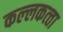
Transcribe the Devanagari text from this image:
कल्‍लकत्‍ता